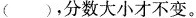
( )，分数大小才不变。